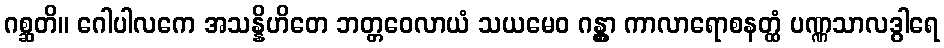
ဂစ္ဆတိ။ ဂေါပါလကေ အသန္နိဟိတေ ဘတ္တဝေလာယံ သယမေဝ ဂန္တွာ ကာလာရောစနတ္ထံ ပဏ္ဏသာလဒွါရေ